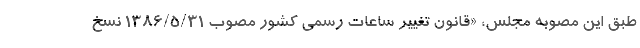
طبق این مصوبه مجلس، «قانون تغییر ساعات رسمی کشور مصوب ۱۳۸۶/۵/۳۱ نسخ